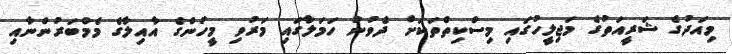
މިއަދުގެ ޝަރީއަތުގެ މަޖިލީހުގައި މިސްކިތްތަކަށް ދެވުނު ހަމަލާގައި މަރުވި މީހުންގެ އާއިލާގެ މެމްބަރުންނާއި